画像に写った文字を読んでください
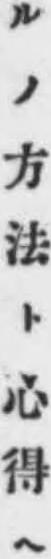
「ルノ方法下心得へ」と書いてあります